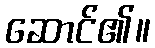
ဆောင်၏။